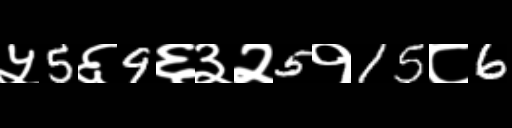
Text: ५5६9६३२5१15८6